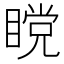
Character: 𰥹